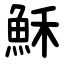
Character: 穌